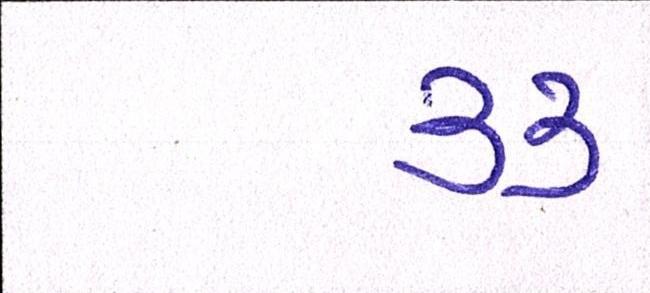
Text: ૩૩